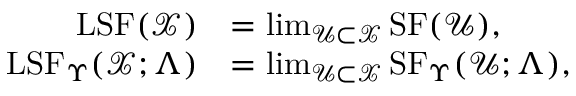
\begin{array} { r l } { \mathrm { L S F } ( \mathcal { X } ) } & { = \operatorname* { l i m } _ { \mathcal { U } \subset \mathcal { X } } \mathrm { S F } ( \mathcal { U } ) , } \\ { \mathrm { L S F } _ { \Upsilon } ( \mathcal { X } ; \Lambda ) } & { = \operatorname* { l i m } _ { \mathcal { U } \subset \mathcal { X } } \mathrm { S F } _ { \Upsilon } ( \mathcal { U } ; \Lambda ) , } \end{array}